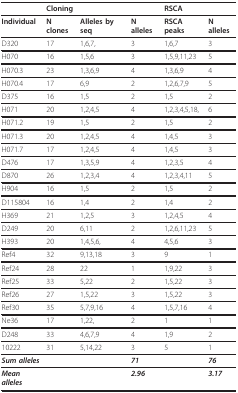
<table><thead><tr><td></td><td><b>Cloning</b></td><td></td><td></td><td><b>RSCA</b></td><td></td></tr></thead><tbody><tr><td><b>Individual</b></td><td><b>N clones</b></td><td><b>Alleles by seq</b></td><td><b>N alleles</b></td><td><b>RSCA peaks</b></td><td><b>N alleles</b></td></tr><tr><td>D320</td><td>17</td><td>1,6,7,</td><td>3</td><td>1,6,7</td><td>3</td></tr><tr><td>H070</td><td>16</td><td>1,5,6</td><td>3</td><td>1,5,9,11,23</td><td>5</td></tr><tr><td>H070.3</td><td>23</td><td>1,3,6,9</td><td>4</td><td>1,3,6,9</td><td>4</td></tr><tr><td>H070.4</td><td>17</td><td>6,9</td><td>2</td><td>1,2,6,7,9</td><td>5</td></tr><tr><td>D375</td><td>16</td><td>1,5</td><td>2</td><td>1,5</td><td>2</td></tr><tr><td>H071</td><td>20</td><td>1,2,4,5</td><td>4</td><td>1,2,3,4,5,18,</td><td>6</td></tr><tr><td>H071.2</td><td>19</td><td>1,5</td><td>2</td><td>1,5</td><td>2</td></tr><tr><td>H071.3</td><td>20</td><td>1,2,4,5</td><td>4</td><td>1,4,5</td><td>3</td></tr><tr><td>H071.7</td><td>17</td><td>1,2,4,5</td><td>4</td><td>1,4,5</td><td>3</td></tr><tr><td>D476</td><td>17</td><td>1,3,5,9</td><td>4</td><td>1,2,3,5</td><td>4</td></tr><tr><td>D870</td><td>26</td><td>1,2,3,4</td><td>4</td><td>1,2,3,4,11</td><td>5</td></tr><tr><td>H904</td><td>16</td><td>1,5</td><td>2</td><td>1,5</td><td>2</td></tr><tr><td>D115804</td><td>16</td><td>1,4</td><td>2</td><td>1,4</td><td>2</td></tr><tr><td>H369</td><td>21</td><td>1,2,5</td><td>3</td><td>1,2,4,5</td><td>4</td></tr><tr><td>D249</td><td>20</td><td>6,11</td><td>2</td><td>1,2,6,11,23</td><td>5</td></tr><tr><td>H393</td><td>20</td><td>1,4,5,6,</td><td>4</td><td>4,5,6</td><td>3</td></tr><tr><td>Ref4</td><td>32</td><td>9,13,18</td><td>3</td><td>9</td><td>1</td></tr><tr><td>Ref24</td><td>28</td><td>22</td><td>1</td><td>1,9,22</td><td>3</td></tr><tr><td>Ref25</td><td>33</td><td>5,22</td><td>2</td><td>1,5,22</td><td>3</td></tr><tr><td>Ref26</td><td>27</td><td>1,5,22</td><td>3</td><td>1,5,22</td><td>3</td></tr><tr><td>Ref30</td><td>35</td><td>5,7,9,16</td><td>4</td><td>1,5,7,16</td><td>4</td></tr><tr><td>Ne36</td><td>17</td><td>1,22,</td><td>2</td><td>1</td><td>1</td></tr><tr><td>D248</td><td>33</td><td>4,6,7,9</td><td>4</td><td>1,9</td><td>2</td></tr><tr><td>10222</td><td>31</td><td>5,14,22</td><td>3</td><td>5</td><td>1</td></tr><tr><td><i><b>Sum alleles</b></i></td><td></td><td></td><td><i><b>71</b></i></td><td></td><td><i><b>76</b></i></td></tr><tr><td><i><b>Mean alleles</b></i></td><td></td><td></td><td><i><b>2.96</b></i></td><td></td><td><i><b>3.17</b></i></td></tr></tbody></table>